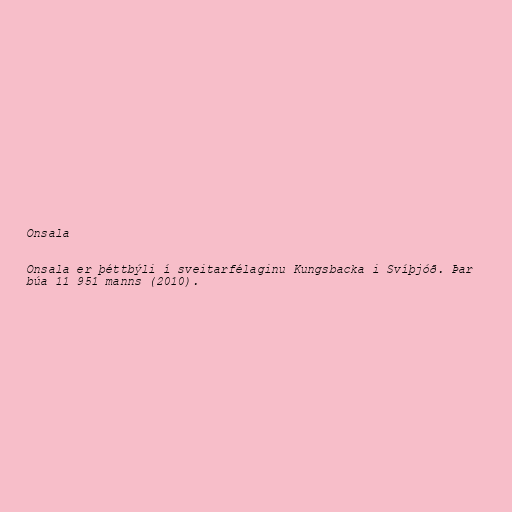
Onsala

Onsala er þéttbýli í sveitarfélaginu Kungsbacka i Svíþjóð. Þar
búa 11 951 manns (2010).